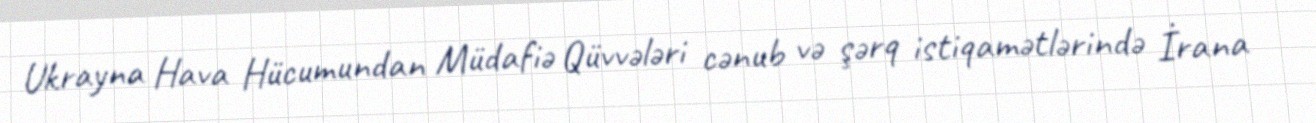
Ukrayna Hava Hücumundan Müdafiə Qüvvələri cənub və şərq istiqamətlərində İrana